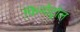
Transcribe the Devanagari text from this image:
फिनोट्रोल